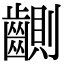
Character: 䶡